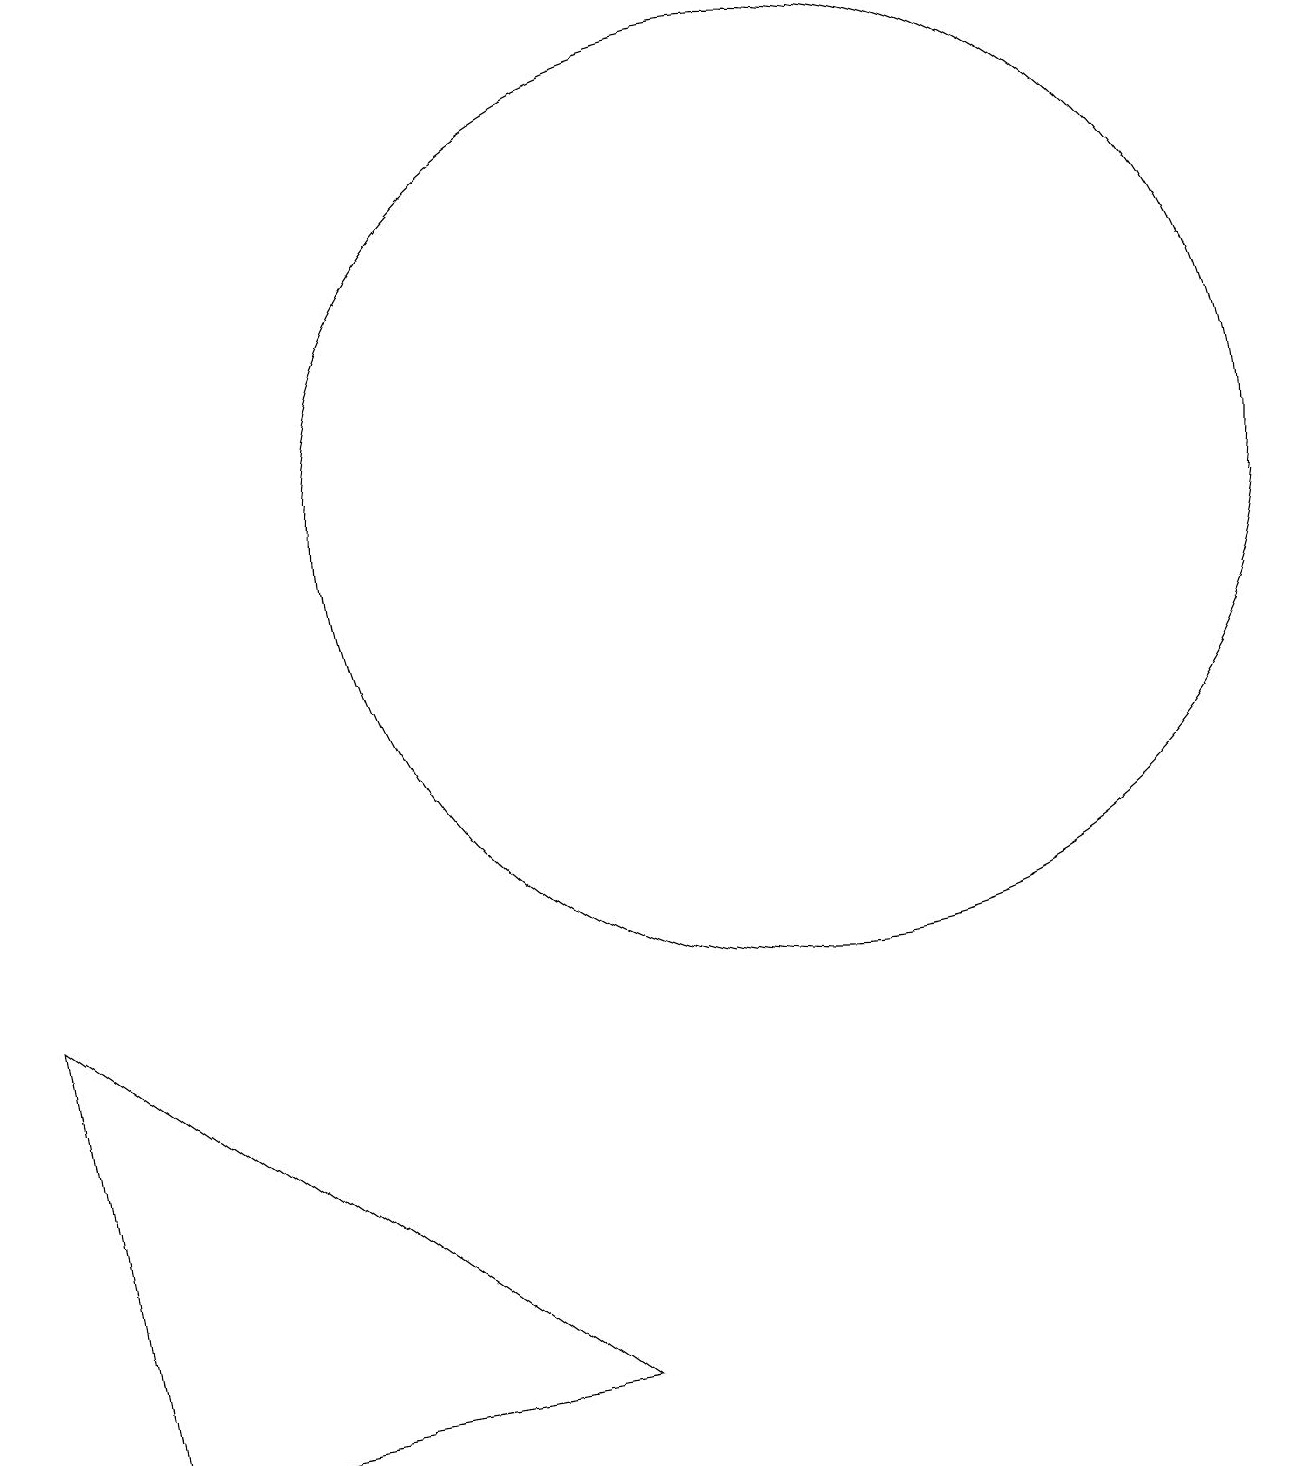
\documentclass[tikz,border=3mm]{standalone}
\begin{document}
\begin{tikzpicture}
\draw (10,12) circle (6);
\draw (10,12) circle (0);
\draw (0,6) -- (7,1) -- (1,0) -- cycle;
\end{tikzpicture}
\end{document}